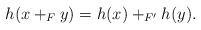
LaTeX: \begin{align*}h(x+_Fy)=h(x)+_{F'}h(y).\end{align*}